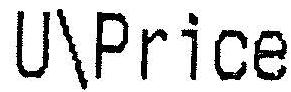
U\PRICE